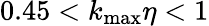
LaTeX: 0.45<k_{\operatorname*{max}}\eta<1